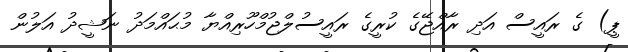
ޕީ) ގެ ރައީސް އަދި ރާއްޖޭގެ ކުރީގެ ރައީސުލްޖުމްހޫރިއްޔާ މުޙައްމަދު ނަޝީދު އަލުން